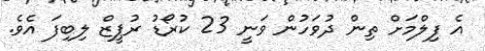
އެ ފިލްމަށް ތިން ދުވަހުން ވަނީ 23 ކުރޯޑު ރުޕީޒް ލިބިފަ އެވެ.